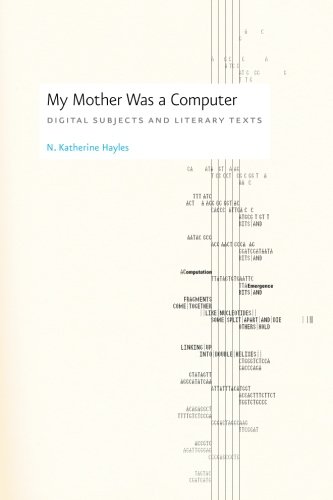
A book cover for My Mother Was a Computer: Digital Subjects and Literary Texts; N. Katherine Hayles; Computers & Technology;